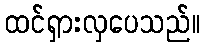
ထင်ရှားလှပေသည်။